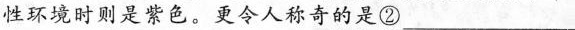
性环境时则是紫色。更令人称奇的是②___